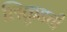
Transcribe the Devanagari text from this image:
लिकुडची